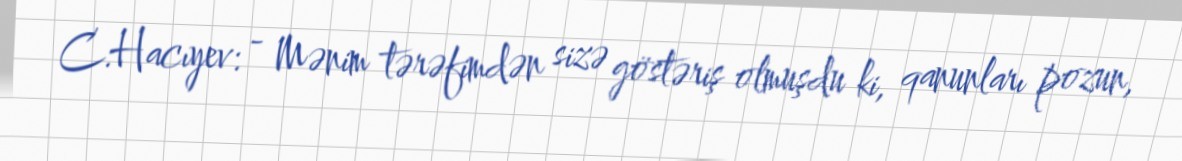
C.Hacıyev: - Mənim tərəfimdən sizə göstəriş olmuşdu ki, qanunları pozun,